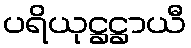
ပရိယုဋ္ဌဋ္ဌာယီ